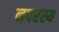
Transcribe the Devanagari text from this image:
नपरस्य